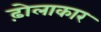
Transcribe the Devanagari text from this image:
ढ़ोलाकार